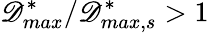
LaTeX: \mathscr{D}_{max}^{*}/\mathscr{D}_{max,s}^{*}>1